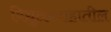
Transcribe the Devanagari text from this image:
विद्युतप्रवाहातील